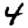
Digit: 4